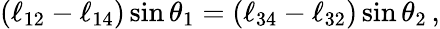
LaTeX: (\ell_{12}-\ell_{14})\sin\theta_{1}=(\ell_{34}-\ell_{32})\sin\theta_{2}\, ,